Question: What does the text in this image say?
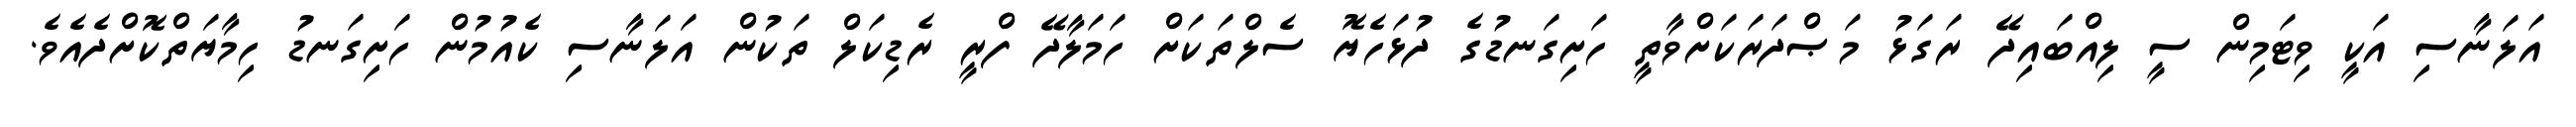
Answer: އަލަނާސި އަކީ ވިޓަމިން ސީ ލިއްބައިދޭ ރަގަޅު މަޞްދަރަކަށްވާތީ ހަށިގަނޑުގެ ދުޅަހެޔޮ ސެލްތަކަށް ހަމަލާދޭ ފްރީ ރެޑިކަލް ތަކުން އަލަނާސި ކެއުމުން ހަށިގަނޑު ހިމާޔަތްކޮށްދެއެވެ.